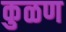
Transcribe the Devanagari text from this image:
कुळण